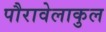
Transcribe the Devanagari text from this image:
पौरावेलाकुल